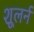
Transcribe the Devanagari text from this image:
शूलर्न